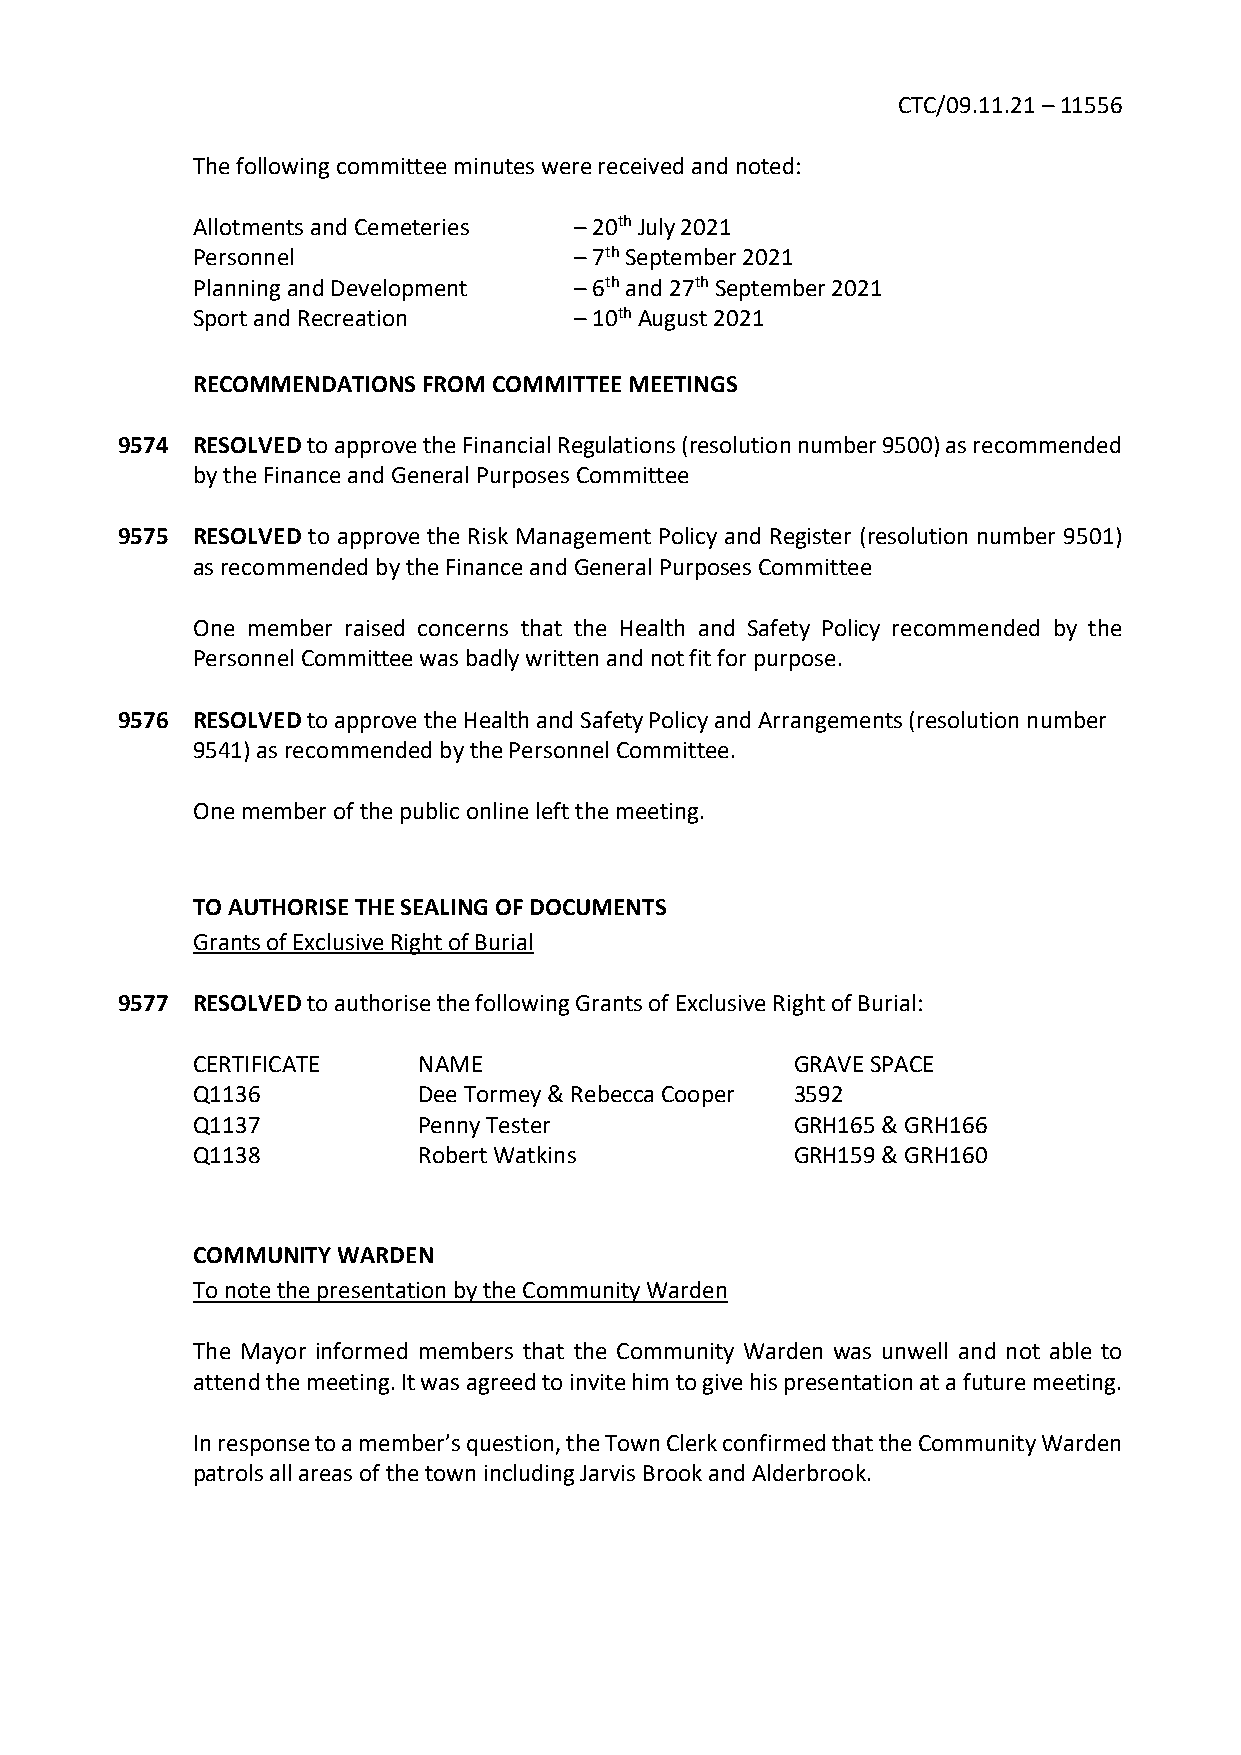
CTC/09.11.21 – 11556
 The following committee minutes were received and noted:
 Allotments and Cemeteries – 20th July 2021
 Personnel                – 7th September 2021
 Planning and Development – 6th and 27th September 2021
 Sport and Recreation     – 10th August 2021
 RECOMMENDATIONS FROM COMMITTEE MEETINGS
 9574 RESOLVED to approve the Financial Regulations (resolution number 9500) as recommended
 by the Finance and General Purposes Committee
 9575 RESOLVED to approve the Risk Management Policy and Register (resolution number 9501)
 as recommended by the Finance and General Purposes Committee
 One member raised concerns that the Health and Safety Policy recommended by the
 Personnel Committee was badly written and not fit for purpose.
 9576 RESOLVED to approve the Health and Safety Policy and Arrangements (resolution number
 9541) as recommended by the Personnel Committee.
 One member of the public online left the meeting.
 TO AUTHORISE THE SEALING OF DOCUMENTS
 Grants of Exclusive Right of Burial
 9577 RESOLVED to authorise the following Grants of Exclusive Right of Burial:
 CERTIFICATE    NAME                     GRAVE SPACE
 Q1136          Dee Tormey & Rebecca Cooper 3592
 Q1137          Penny Tester             GRH165 & GRH166
 Q1138          Robert Watkins           GRH159 & GRH160
 COMMUNITY WARDEN
 To note the presentation by the Community Warden
 The Mayor informed members that the Community Warden was unwell and not able to
 attend the meeting. It was agreed to invite him to give his presentation at a future meeting.
 In response to a member’s question, the Town Clerk confirmed that the Community Warden
 patrols all areas of the town including Jarvis Brook and Alderbrook.